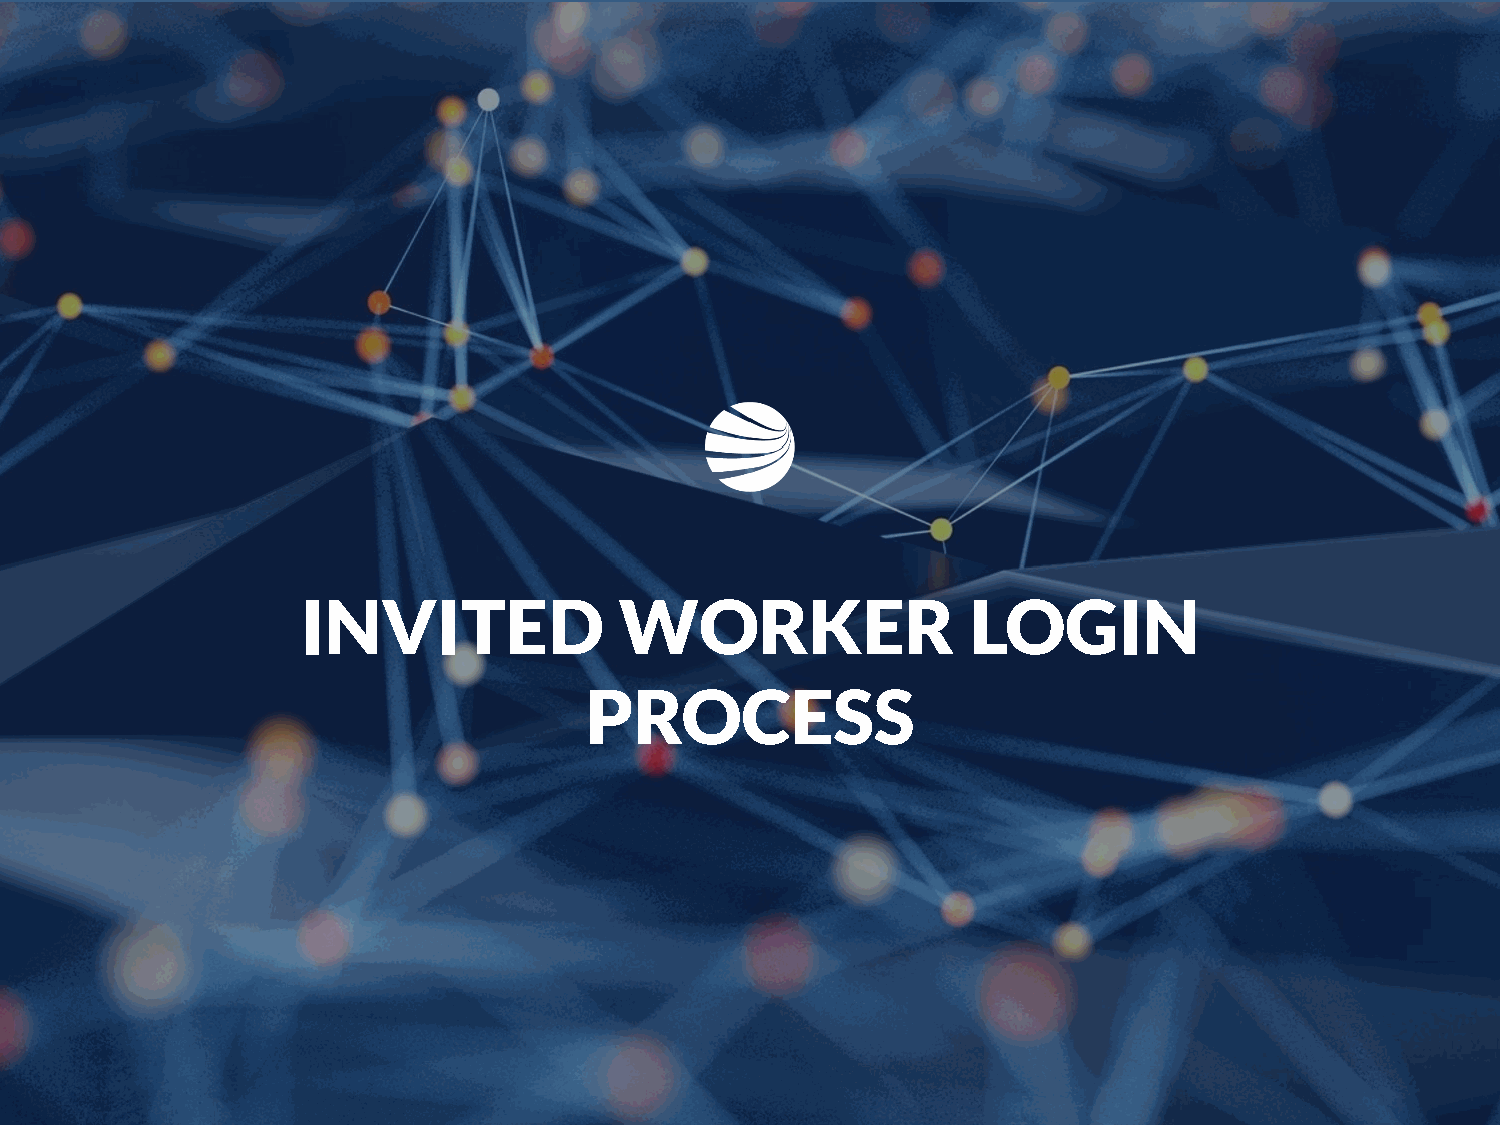
INVITED              WORKER                 LOGIN
 PROCESS